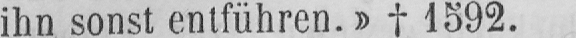
ihn sonst entführen.» ✝ 1592.